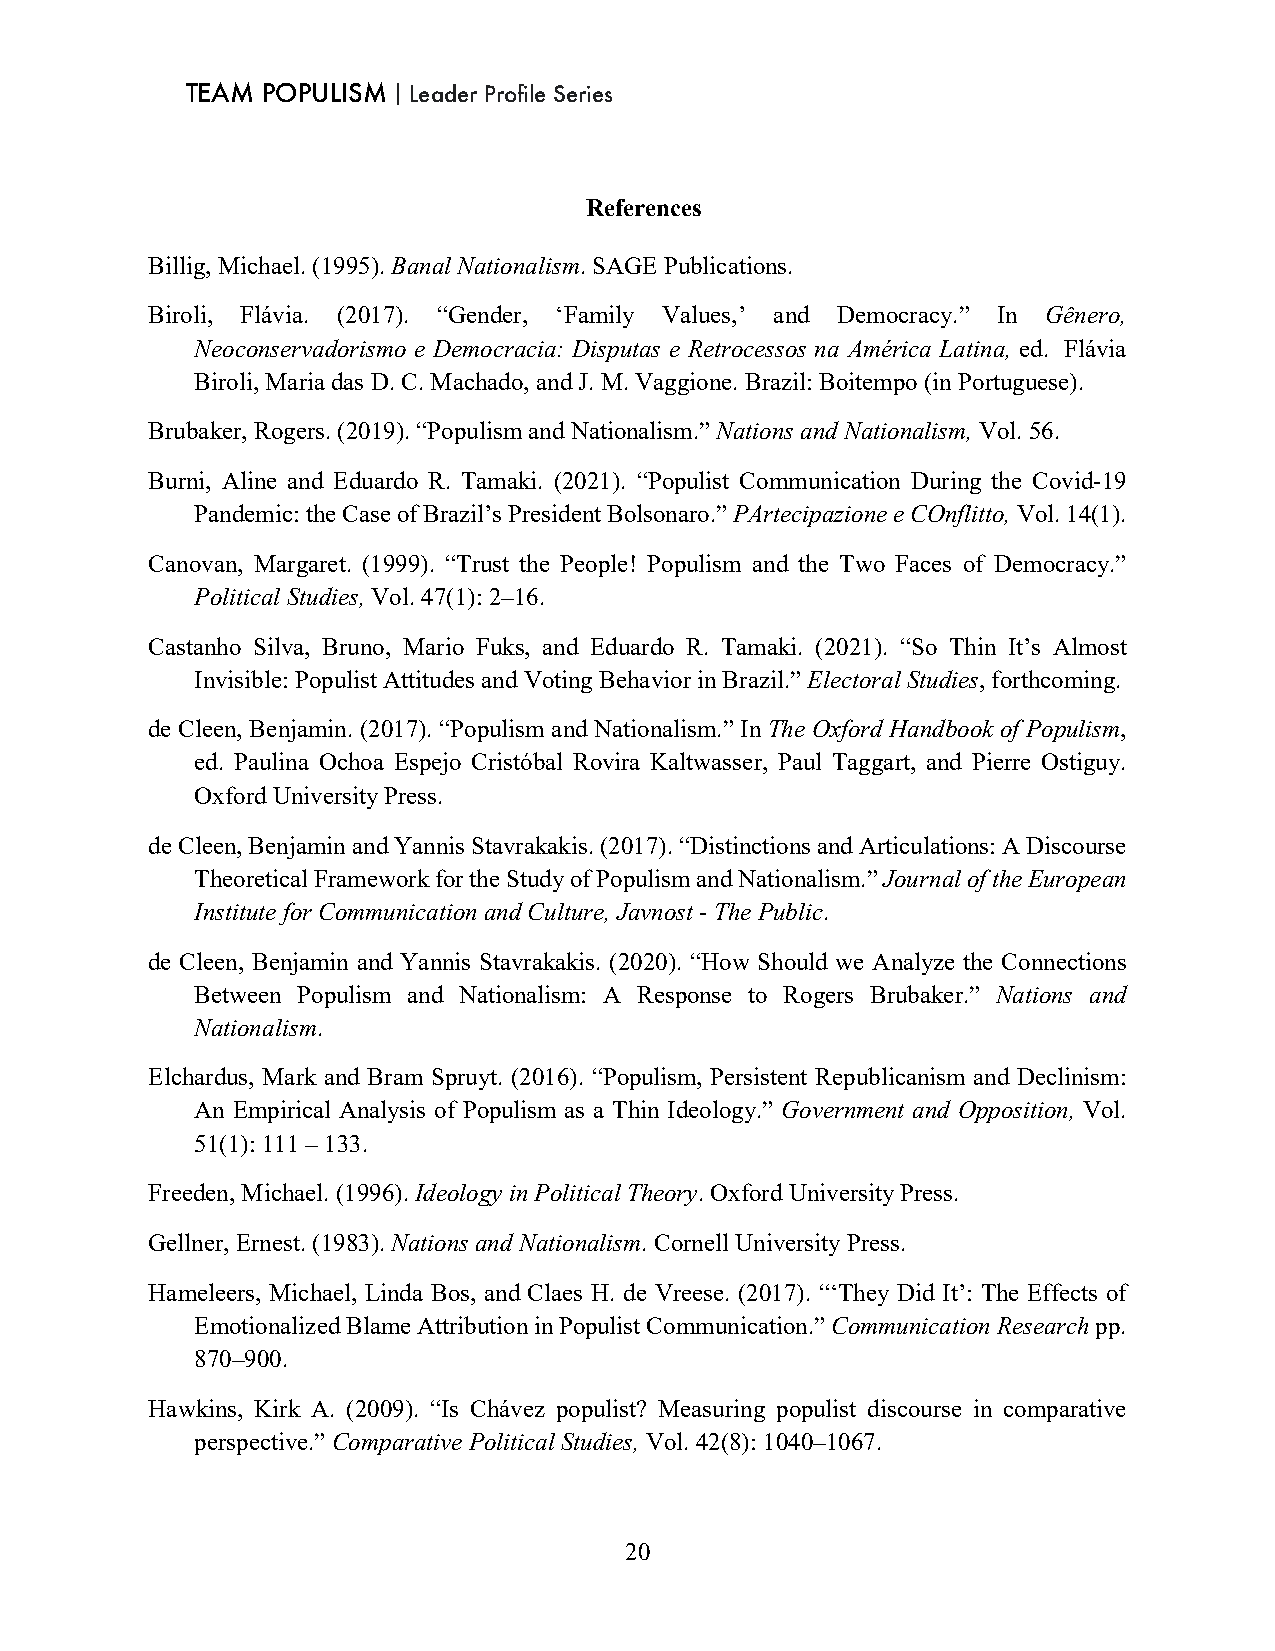
TEAM POPULISM｜Leader Profile Series
 References
 Billig, Michael. (1995). Banal Nationalism. SAGE Publications.
 Biroli, Flávia. (2017). “Gender, ‘Family Values,’ and Democracy.” In Gênero,
 Neoconservadorismo e Democracia: Disputas e Retrocessos na América Latina, ed. Flávia
 Biroli, Maria das D. C. Machado, and J. M. Vaggione. Brazil: Boitempo (in Portuguese).
 Brubaker, Rogers. (2019). “Populism and Nationalism.” Nations and Nationalism, Vol. 56.
 Burni, Aline and Eduardo R. Tamaki. (2021). “Populist Communication During the Covid-19
 Pandemic: the Case of Brazil’s President Bolsonaro.” PArtecipazione e COnflitto, Vol. 14(1).
 Canovan, Margaret. (1999). “Trust the People! Populism and the Two Faces of Democracy.”
 Political Studies, Vol. 47(1): 2–16.
 Castanho Silva, Bruno, Mario Fuks, and Eduardo R. Tamaki. (2021). “So Thin It’s Almost
 Invisible: Populist Attitudes and Voting Behavior in Brazil.” Electoral Studies, forthcoming.
 de Cleen, Benjamin. (2017). “Populism and Nationalism.” In The Oxford Handbook of Populism,
 ed. Paulina Ochoa Espejo Cristóbal Rovira Kaltwasser, Paul Taggart, and Pierre Ostiguy.
 Oxford University Press.
 de Cleen, Benjamin and Yannis Stavrakakis. (2017). “Distinctions and Articulations: A Discourse
 Theoretical Framework for the Study of Populism and Nationalism.” Journal of the European
 Institute for Communication and Culture, Javnost - The Public.
 de Cleen, Benjamin and Yannis Stavrakakis. (2020). “How Should we Analyze the Connections
 Between Populism and Nationalism: A Response to Rogers Brubaker.” Nations and
 Nationalism.
 Elchardus, Mark and Bram Spruyt. (2016). “Populism, Persistent Republicanism and Declinism:
 An Empirical Analysis of Populism as a Thin Ideology.” Government and Opposition, Vol.
 51(1): 111 – 133.
 Freeden, Michael. (1996). Ideology in Political Theory. Oxford University Press.
 Gellner, Ernest. (1983). Nations and Nationalism. Cornell University Press.
 Hameleers, Michael, Linda Bos, and Claes H. de Vreese. (2017). “‘They Did It’: The Effects of
 Emotionalized Blame Attribution in Populist Communication.” Communication Research pp.
 870–900.
 Hawkins, Kirk A. (2009). “Is Chávez populist? Measuring populist discourse in comparative
 perspective.” Comparative Political Studies, Vol. 42(8): 1040–1067.
 20